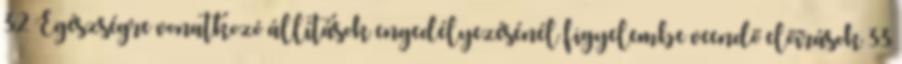
32 Egészségre vonatkozó állítások engedélyezésénél figyelembe veendő előírások 33